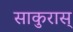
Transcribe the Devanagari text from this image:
साकुरास्